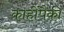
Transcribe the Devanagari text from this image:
काहींपैकी